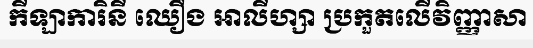
កីឡាការិនី ឈឿង អាលីហ្សា ប្រកួតលើវិញ្ញាសា